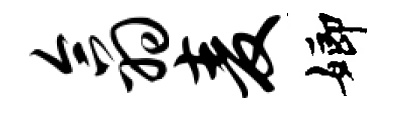
翕麦嫏